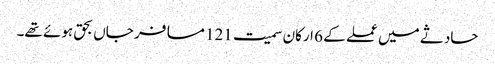
حادثے میں عملے کے 6 ارکان سمیت 121 مسافر جاں بحق ہوئے تھے۔